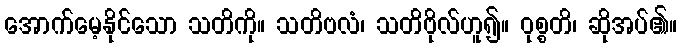
အောက်မေ့နိုင်သော သတိကို။ သတိဗလံ၊ သတိဗိုလ်ဟူ၍။ ဝုစ္စတိ၊ ဆိုအပ်၏။